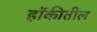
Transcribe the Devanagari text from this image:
हॉकीतील